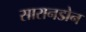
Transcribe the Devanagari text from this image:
सारानडोन